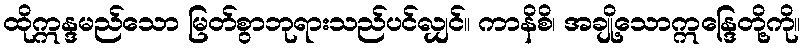
ထိုဣန္ဒမည်သော မြတ်စွာဘုရားသည်ပင်လျှင်။ ကာနိစိ၊ အချို့သောဣန္ဒြေတို့ကို။